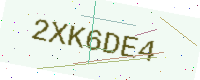
Text: 2XK6DE4